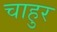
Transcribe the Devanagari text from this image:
चाहुर